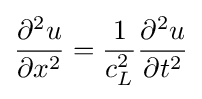
{\partial ^{2}u \over \partial x^{2}}={1 \over c_{L}^{2}}{\partial ^{2}u \over \partial t^{2}}